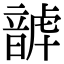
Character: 𩐮